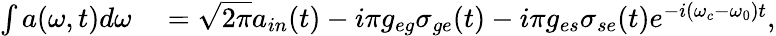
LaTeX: \begin{array}{rl}{\int a(\omega,t)d\omega}&{{}=\sqrt{2\pi}a_{in}(t)-i\pi g_{eg}\sigma_{ge}(t)-i\pi g_{es}\sigma_{se}(t)e^{-i(\omega_{c}-\omega_{0})t},}\end{array}